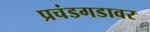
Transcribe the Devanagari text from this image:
प्रचंडगडावर